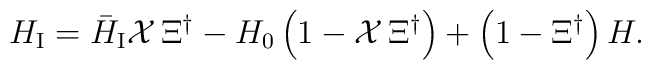
H_{\mbox{\scriptsize I}}={\bar H}_{\mbox{\scriptsize I}}{\cal X}\,\Xi^{\dagger}-H_0\left(1-{\cal X}\,\Xi^{\dagger}\right) +\left(1-\Xi^{\dagger}\right)H.